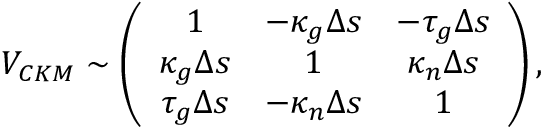
V _ { C K M } \sim \left( \begin{array} { c c c } { { 1 } } & { { - \kappa _ { g } \Delta s } } & { { - \tau _ { g } \Delta s } } \\ { { \kappa _ { g } \Delta s } } & { { 1 } } & { { \kappa _ { n } \Delta s } } \\ { { \tau _ { g } \Delta s } } & { { - \kappa _ { n } \Delta s } } & { { 1 } } \end{array} \right) ,